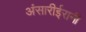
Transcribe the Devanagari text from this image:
अंसारीईरानी